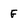
Character: F